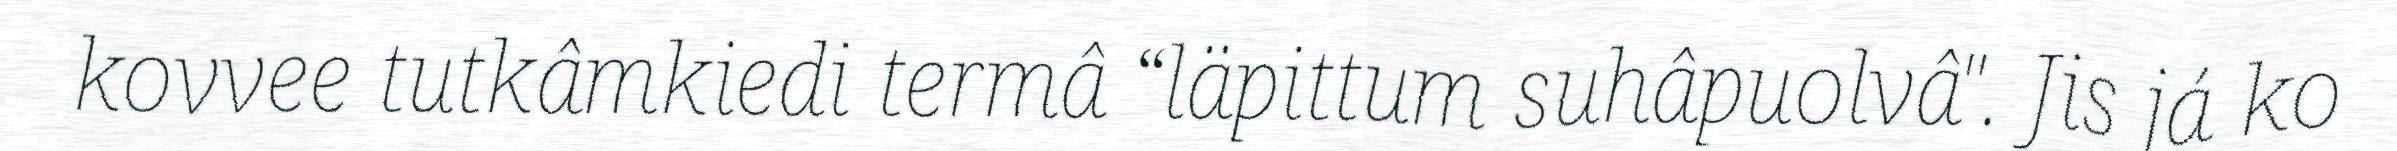
kovvee tutkâmkiedi termâ “läpittum suhâpuolvâ". Jis já ko